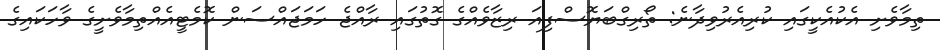
ތިމާވެށި އެކުއެކީގައި ކުރިއެރުވިދާނެ: ތޯރިގްބަޔޮސްފިއަ ރިޒާވެއްގެ ގޮތުގައި ރާއްޖެ ހަމަޖައްސަން ކޮމެޓީއެއްތިމާވެށީގެ ވާހަކައިގެ